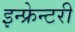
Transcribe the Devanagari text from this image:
इन्फ्रेन्टरी